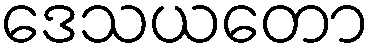
ဒေသယတော